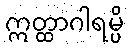
ဣတ္ထာဂါရမ္ပိ